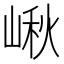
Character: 𡺘